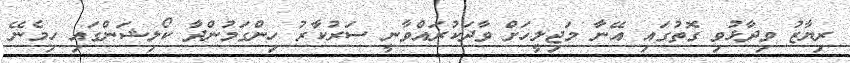
ރިޔާޒު ވިދާޅުވި ގޮތުގައި އޭނާ މަޖިލީހަށް ވާދަކުރައްވާނީ ސަރުކާރު ހިންގަމުންދާ ކޯލިޝަންގައި ހިމެނޭ